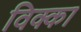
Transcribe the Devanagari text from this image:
विक्का